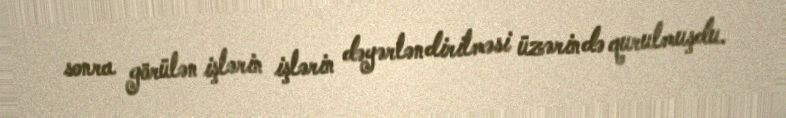
sonra görülən işlərin işlərin dəyərləndirilməsi üzərində qurulmuşdu.